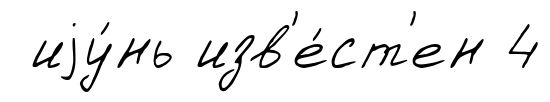
иjу́нь изв'е́ст'ен 4